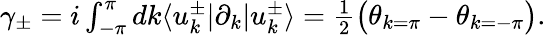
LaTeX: \begin{array}{r}{\gamma_{\pm}=i\int_{-\pi}^{\pi}dk\langle u_{k}^{\pm}|\partial_{k}|u_{k}^{\pm}\rangle=\frac{1}{2}\big(\theta_{k=\pi}-\theta_{k=-\pi}\big).}\end{array}